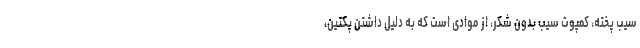
سیب پخته، کمپوت سیب بدون شکر، از موادی است که به دلیل داشتن پکتین،